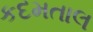
કદમતાલ